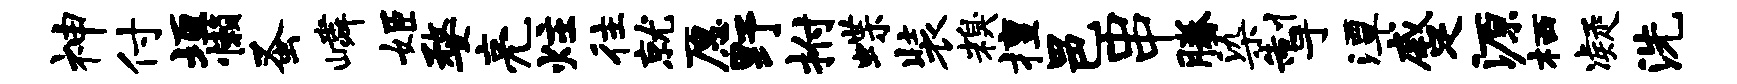
神付垣懒蚤嶙姬婺亮炷往就愿野拊蝶装糗擅邑串腾染掣潭蹙源栖凝洗